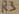
Text: R3